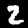
Label: 2